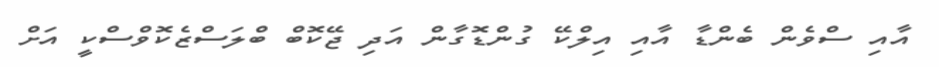
އާއި ސްވެން ބެންޑާ އާއި އިލްކޭ ގުންޑޮގާން އަދި ޖޭކޮބް ބްލަސްޒެކޮވްސްކީ އަށް